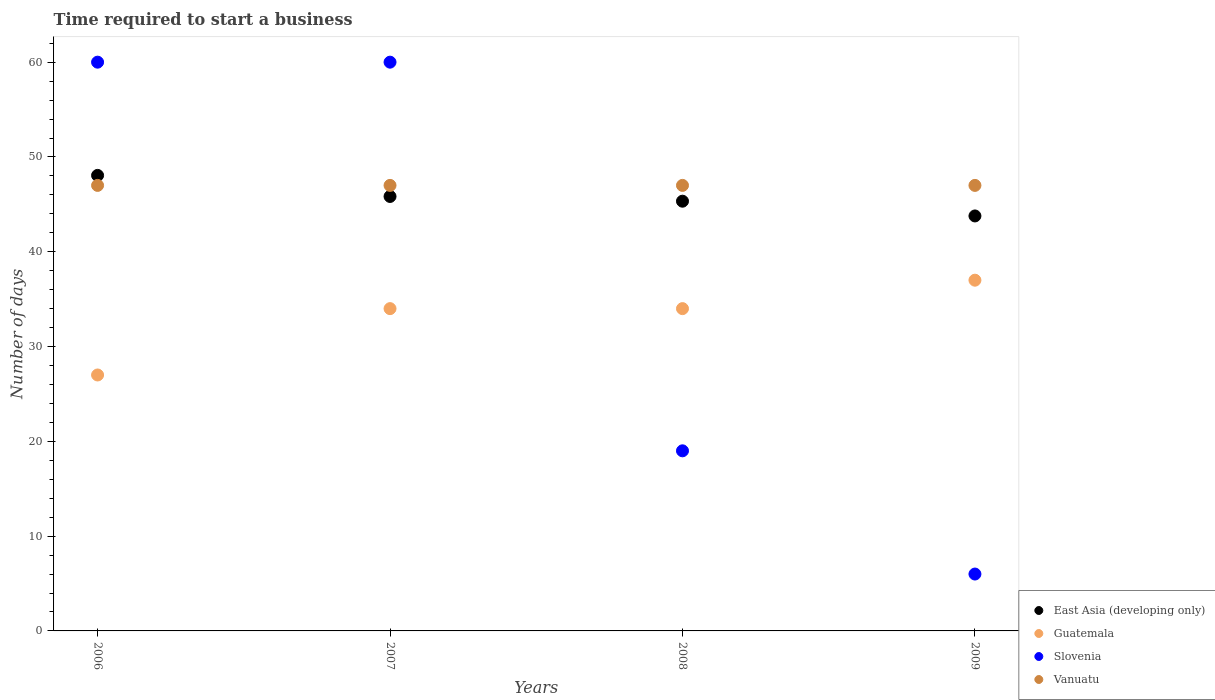
| Years | East Asia (developing only) | Guatemala | Slovenia | Vanuatu |
 | --- | --- | --- | --- | --- |
 | 2006 | 48.1 | 27 | 60 | 47 |
 | 2007 | 45.8 | 34 | 60 | 47 |
 | 2008 | 45.3 | 34 | 19 | 47 |
 | 2009 | 43.8 | 37 | 6 | 47 |